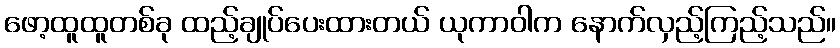
ဖော့ထူထူတစ်ခု ထည့်ချုပ်ပေးထားတယ် ယုကာဝါက နောက်လှည့်ကြည့်သည်။